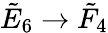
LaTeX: {\tilde{E}}_{6}\to{\tilde{F}}_{4}